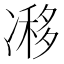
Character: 𠗺